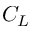
C _ { L }